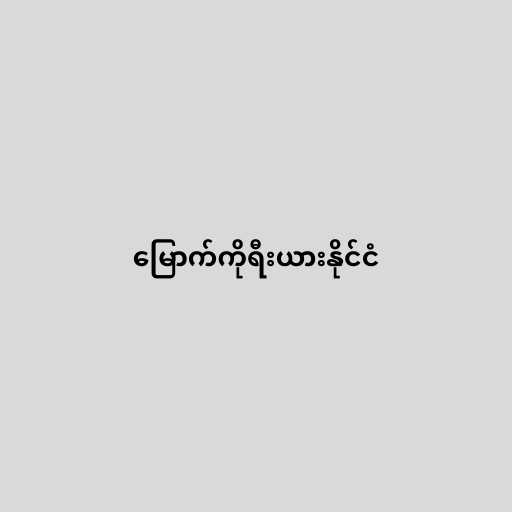
မြောက်ကိုရီးယားနိုင်ငံ